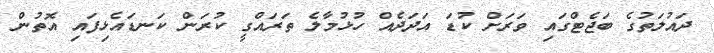
ދައުލަތުގެ ބަޖެޓްގައި ވަރަށް ކުޑަ އަދަދެއް ހުޅުމާލެ ތަރައްގީ ކުރަން ކަނޑައެޅިފައި އޮތުން